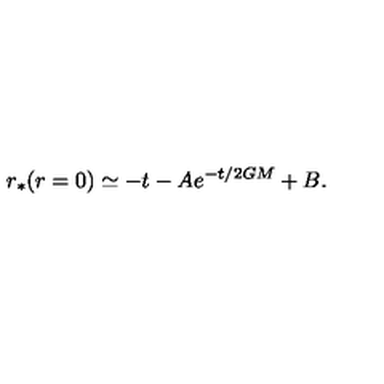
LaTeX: r _ { * } ( r = 0 ) \simeq - t - A e ^ { - t / 2 G M } + B .